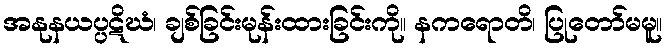
အနုနယပ္ပဋိဃံ၊ ချစ်ခြင်းမုန်းထားခြင်းကို။ နကရောတိ၊ ပြုတော်မမူ။